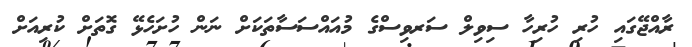
ރާއްޖޭގައި ހުރި ހުރިހާ ސިވިލް ސަރވިސްގެ މުއައްސަސާތަކަށް ނަން ހުށަހެޅޭ ގޮތަށް ކުރިއަށް